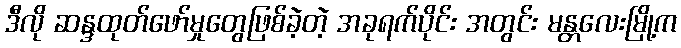
ဒီလို ဆန္ဒထုတ်ဖော်မှုတွေဖြစ်ခဲ့တဲ့ အခုရက်ပိုင်း အတွင်း မန္တလေးမြို့က